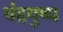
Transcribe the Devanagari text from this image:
चंद्रपुष्प